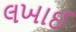
લખાઈ